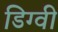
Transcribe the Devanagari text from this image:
डिग्वी